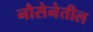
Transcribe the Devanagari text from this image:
नौसेनेतील